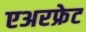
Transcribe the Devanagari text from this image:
एअरफ्रेट